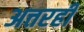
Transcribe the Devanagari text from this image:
अत्तरही